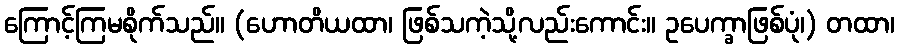
ကြောင့်ကြမစိုက်သည်။ (ဟောတိယထာ၊ ဖြစ်သကဲ့သို့လည်းကောင်း။ ဥပေက္ခာဖြစ်ပုံ၊) တထာ၊